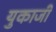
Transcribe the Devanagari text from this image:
युकाजी